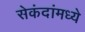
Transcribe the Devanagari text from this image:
सेकंदांमध्ये